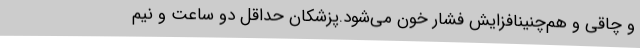
و چاقی و هم‌چنینافزایش فشار خون می‌شود.پزشکان حداقل دو ساعت و نیم